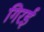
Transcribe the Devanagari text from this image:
गिरई